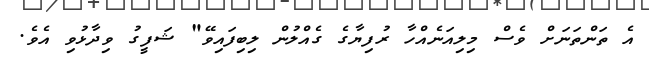
އެ ތަންތަނަށް ވެސް މިލިއަނެއްހާ ރުފިޔާގެ ގެއްލުން ލިބިފައިވޭ" ޝަފީގު ވިދާޅުވި އެވެ.